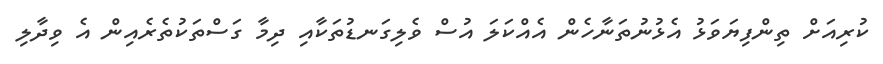
ކުރިއަށް ތިންފިޔަވަޅު އެޅުނުތަނާހެން އެއްކަލަ އުސް ވެލިގަނޑުތަކާއި ދިމާ ގަސްތަކުތެރެއިން އެ ވިދާލި